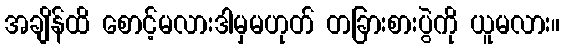
အချိန်ထိ စောင့်မလားဒါမှမဟုတ် တခြားစားပွဲကို ယူမလား။